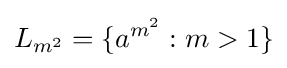
L_{m^{2}}=\{a^{m^{2}}:m>1\}